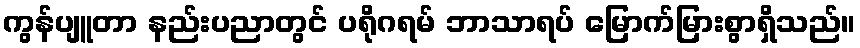
ကွန်ပျူတာ နည်းပညာတွင် ပရိုဂရမ် ဘာသာရပ် မြောက်မြားစွာရှိသည်။